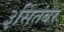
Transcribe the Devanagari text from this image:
३सितंबर